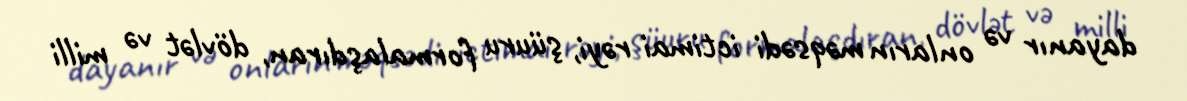
dayanır və onların məqsədi ictimai rəyi, şüuru formalaşdıran, dövlət və milli